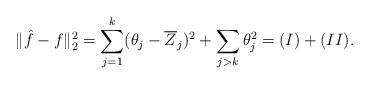
LaTeX: \begin{align*} \|\hat{f}-f\|_2^2 = \sum_{j=1}^k(\theta_j-\overline{Z}_j)^2 + \sum_{j>k}\theta_j^2 = (I) + (II).\end{align*}